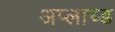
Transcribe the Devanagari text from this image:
अप्लाय्ड